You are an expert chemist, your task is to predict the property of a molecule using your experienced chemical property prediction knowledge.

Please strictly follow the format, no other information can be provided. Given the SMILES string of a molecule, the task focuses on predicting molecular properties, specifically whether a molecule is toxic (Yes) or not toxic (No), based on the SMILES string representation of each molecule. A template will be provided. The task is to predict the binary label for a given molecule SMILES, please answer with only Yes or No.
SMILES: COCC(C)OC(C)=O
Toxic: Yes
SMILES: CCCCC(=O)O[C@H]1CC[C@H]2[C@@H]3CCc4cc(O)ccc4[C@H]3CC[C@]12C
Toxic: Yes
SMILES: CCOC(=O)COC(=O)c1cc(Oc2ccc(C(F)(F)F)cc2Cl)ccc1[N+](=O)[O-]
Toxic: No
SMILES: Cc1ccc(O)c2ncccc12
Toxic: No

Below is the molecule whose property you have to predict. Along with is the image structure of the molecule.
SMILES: CCC[N+]1(C)CCCC1.O=S(=O)([N-]S(=O)(=O)C(F)(F)F)C(F)(F)F
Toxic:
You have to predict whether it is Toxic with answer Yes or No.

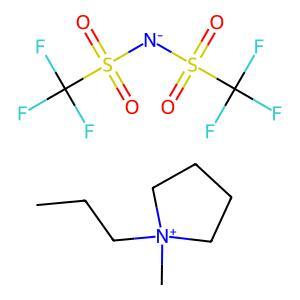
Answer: No